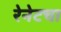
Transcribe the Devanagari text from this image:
रेनेटचा